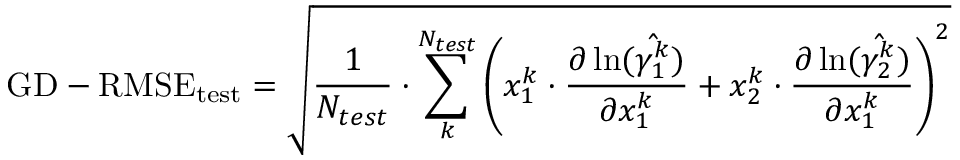
\mathrm { G D - R M S E } _ { \mathrm { t e s t } } = \sqrt { \frac { 1 } { N _ { t e s t } } \cdot \sum _ { k } ^ { N _ { t e s t } } { \left( x _ { 1 } ^ { k } \cdot \frac { \partial \ln ( \hat { \gamma _ { 1 } ^ { k } } ) } { \partial x _ { 1 } ^ { k } } + x _ { 2 } ^ { k } \cdot \frac { \partial \ln ( \hat { \gamma _ { 2 } ^ { k } } ) } { \partial x _ { 1 } ^ { k } } \right) ^ { 2 } } }